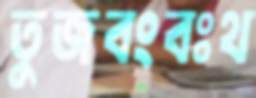
তুজবংবঃথ